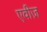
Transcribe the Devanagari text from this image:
एवीज़